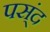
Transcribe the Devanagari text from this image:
पस्ंद